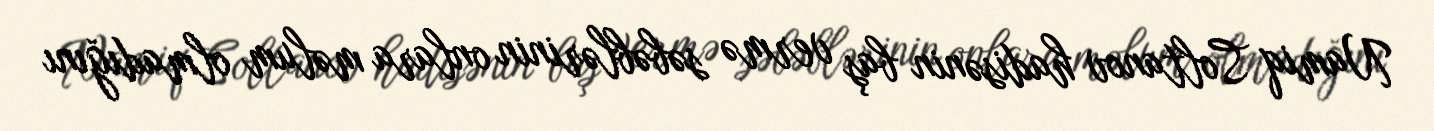
Namiq Soltanov hadisənin baş vermə səbəblərinin onlara məlum olmadığını